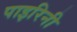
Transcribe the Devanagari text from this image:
पाइरिनी